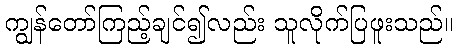
ကျွန်တော်ကြည့်ချင်၍လည်း သူလိုက်ပြဖူးသည်။